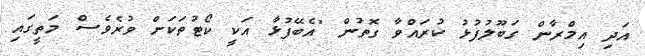
އަދި އިމްރާން ގަބޫލުފުޅު ކުރައްވާ ގޮތުން "އެބޭފުޅާ އަކީ ކޯޓުތަކަށް ވުރެވެސް މަތީގައި